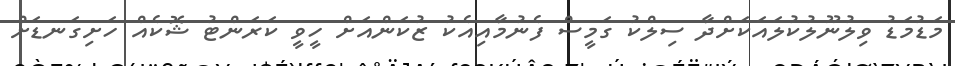
މަޑުމަޑު ވިލުނޫލުކުލައަކަށްދާ ސިލްކު ގަމީސް ފެނުމާއިއެކު ޒުކަންއަށް ހީވީ ކަރަންޓު ޝޮކެއް ހަށިގަނޑަށް